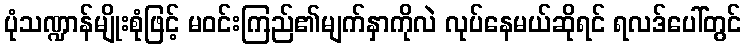
ပုံသဏ္ဍာန်မျိုးစုံဖြင့် မဝင်းကြည်၏မျက်နှာကိုလဲ လုပ်နေမယ်ဆိုရင် ရလဒ်ပေါ်တွင်